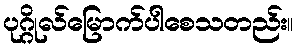
ပုဂ္ဂိုလ်မြောက်ပါစေသတည်း။